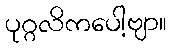
ပုဂ္ဂလိကပေါ့ဗျာ။